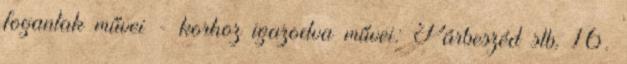
fogantak művei - korhoz igazodva művei: Párbeszéd stb. 16.